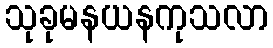
သုခုမနယနကုသလာ